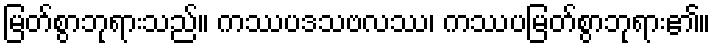
မြတ်စွာဘုရားသည်။ ကဿပဒသဗလဿ၊ ကဿပမြတ်စွာဘုရား၏။